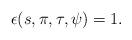
LaTeX: \begin{align*}\epsilon(s,\pi,\tau,\psi)=1.\end{align*}